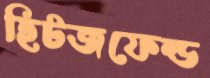
হিটজফেল্ড